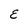
Character: E